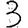
Digit: 3